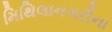
મિથિલાનગરીના